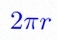
2\pi r